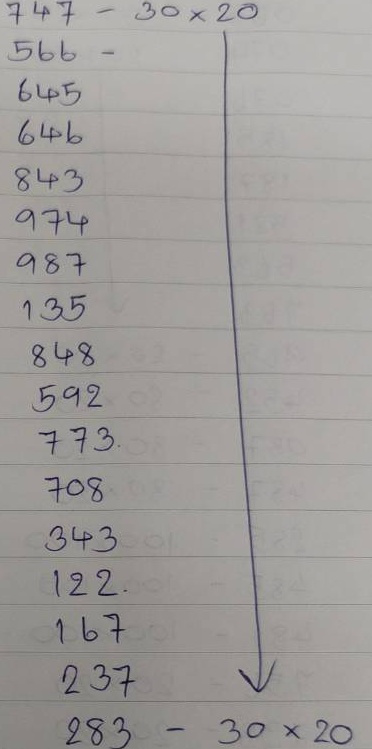
747 - 30 x 20
566 - 30 x 20
645 - 30 x 20
646 - 30 x 20
843 - 30 x 20
974 - 30 x 20
987 - 30 x 20
135 - 30 x 20
848 - 30 x 20
592 - 30 x 20
773 - 30 x 20
708 - 30 x 20
343 - 30 x 20
122 - 30 x 20
167 - 30 x 20
237 - 30 x 20
283 - 30 x 20